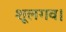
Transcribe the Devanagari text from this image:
शूलगव।